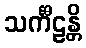
သင်္ကီဠန္တိ